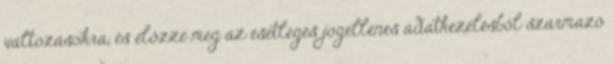
változásokra, és előzze meg az esetleges jogellenes adatkezelésből származó